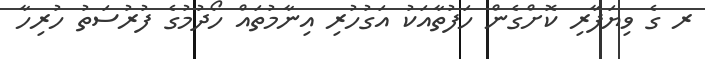
ރ ގެ ވިޔަފާރި ކޮށްގެން ހަފުތާއަކު އަގުހުރި އިނާމުތައް ހޯދުމުގެ ފުރުސަތު ހުރިހާ